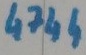
Text: 4744